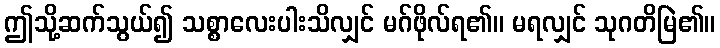
ဤသို့ဆက်သွယ်၍ သစ္စာလေးပါးသိလျှင် မဂ်ဖိုလ်ရ၏။ မရလျှင် သုဂတိမြဲ၏။